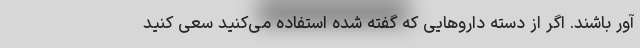
آور باشند. اگر از دسته داروهایی که گفته شده استفاده می‌کنید سعی کنید